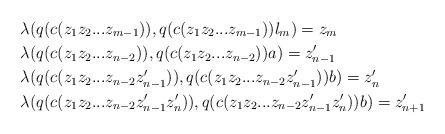
LaTeX: \begin{align*}&\lambda(q(c(z_1z_2...z_{m-1})), q(c(z_1z_2...z_{m-1}))l_m) = z_m \\&\lambda(q(c(z_1z_2...z_{n-2})), q(c(z_1z_2...z_{n-2}))a) = z_{n-1}' \\&\lambda(q(c(z_1z_2...z_{n-2}z_{n-1}' )), q(c(z_1z_2...z_{n-2}z_{n-1}' ))b)= z_n' \\&\lambda(q(c(z_1z_2...z_{n-2}z_{n-1}'z_n' )), q(c(z_1z_2...z_{n-2}z_{n-1}'z_n' ))b)= z_{n+1}'\end{align*}